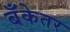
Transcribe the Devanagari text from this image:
बँकेतर